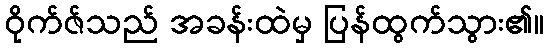
ဝိုက်ဇ်သည် အခန်းထဲမှ ပြန်ထွက်သွား၏။